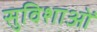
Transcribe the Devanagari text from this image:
सुविशाओं